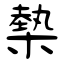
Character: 槷